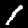
Digit: 1